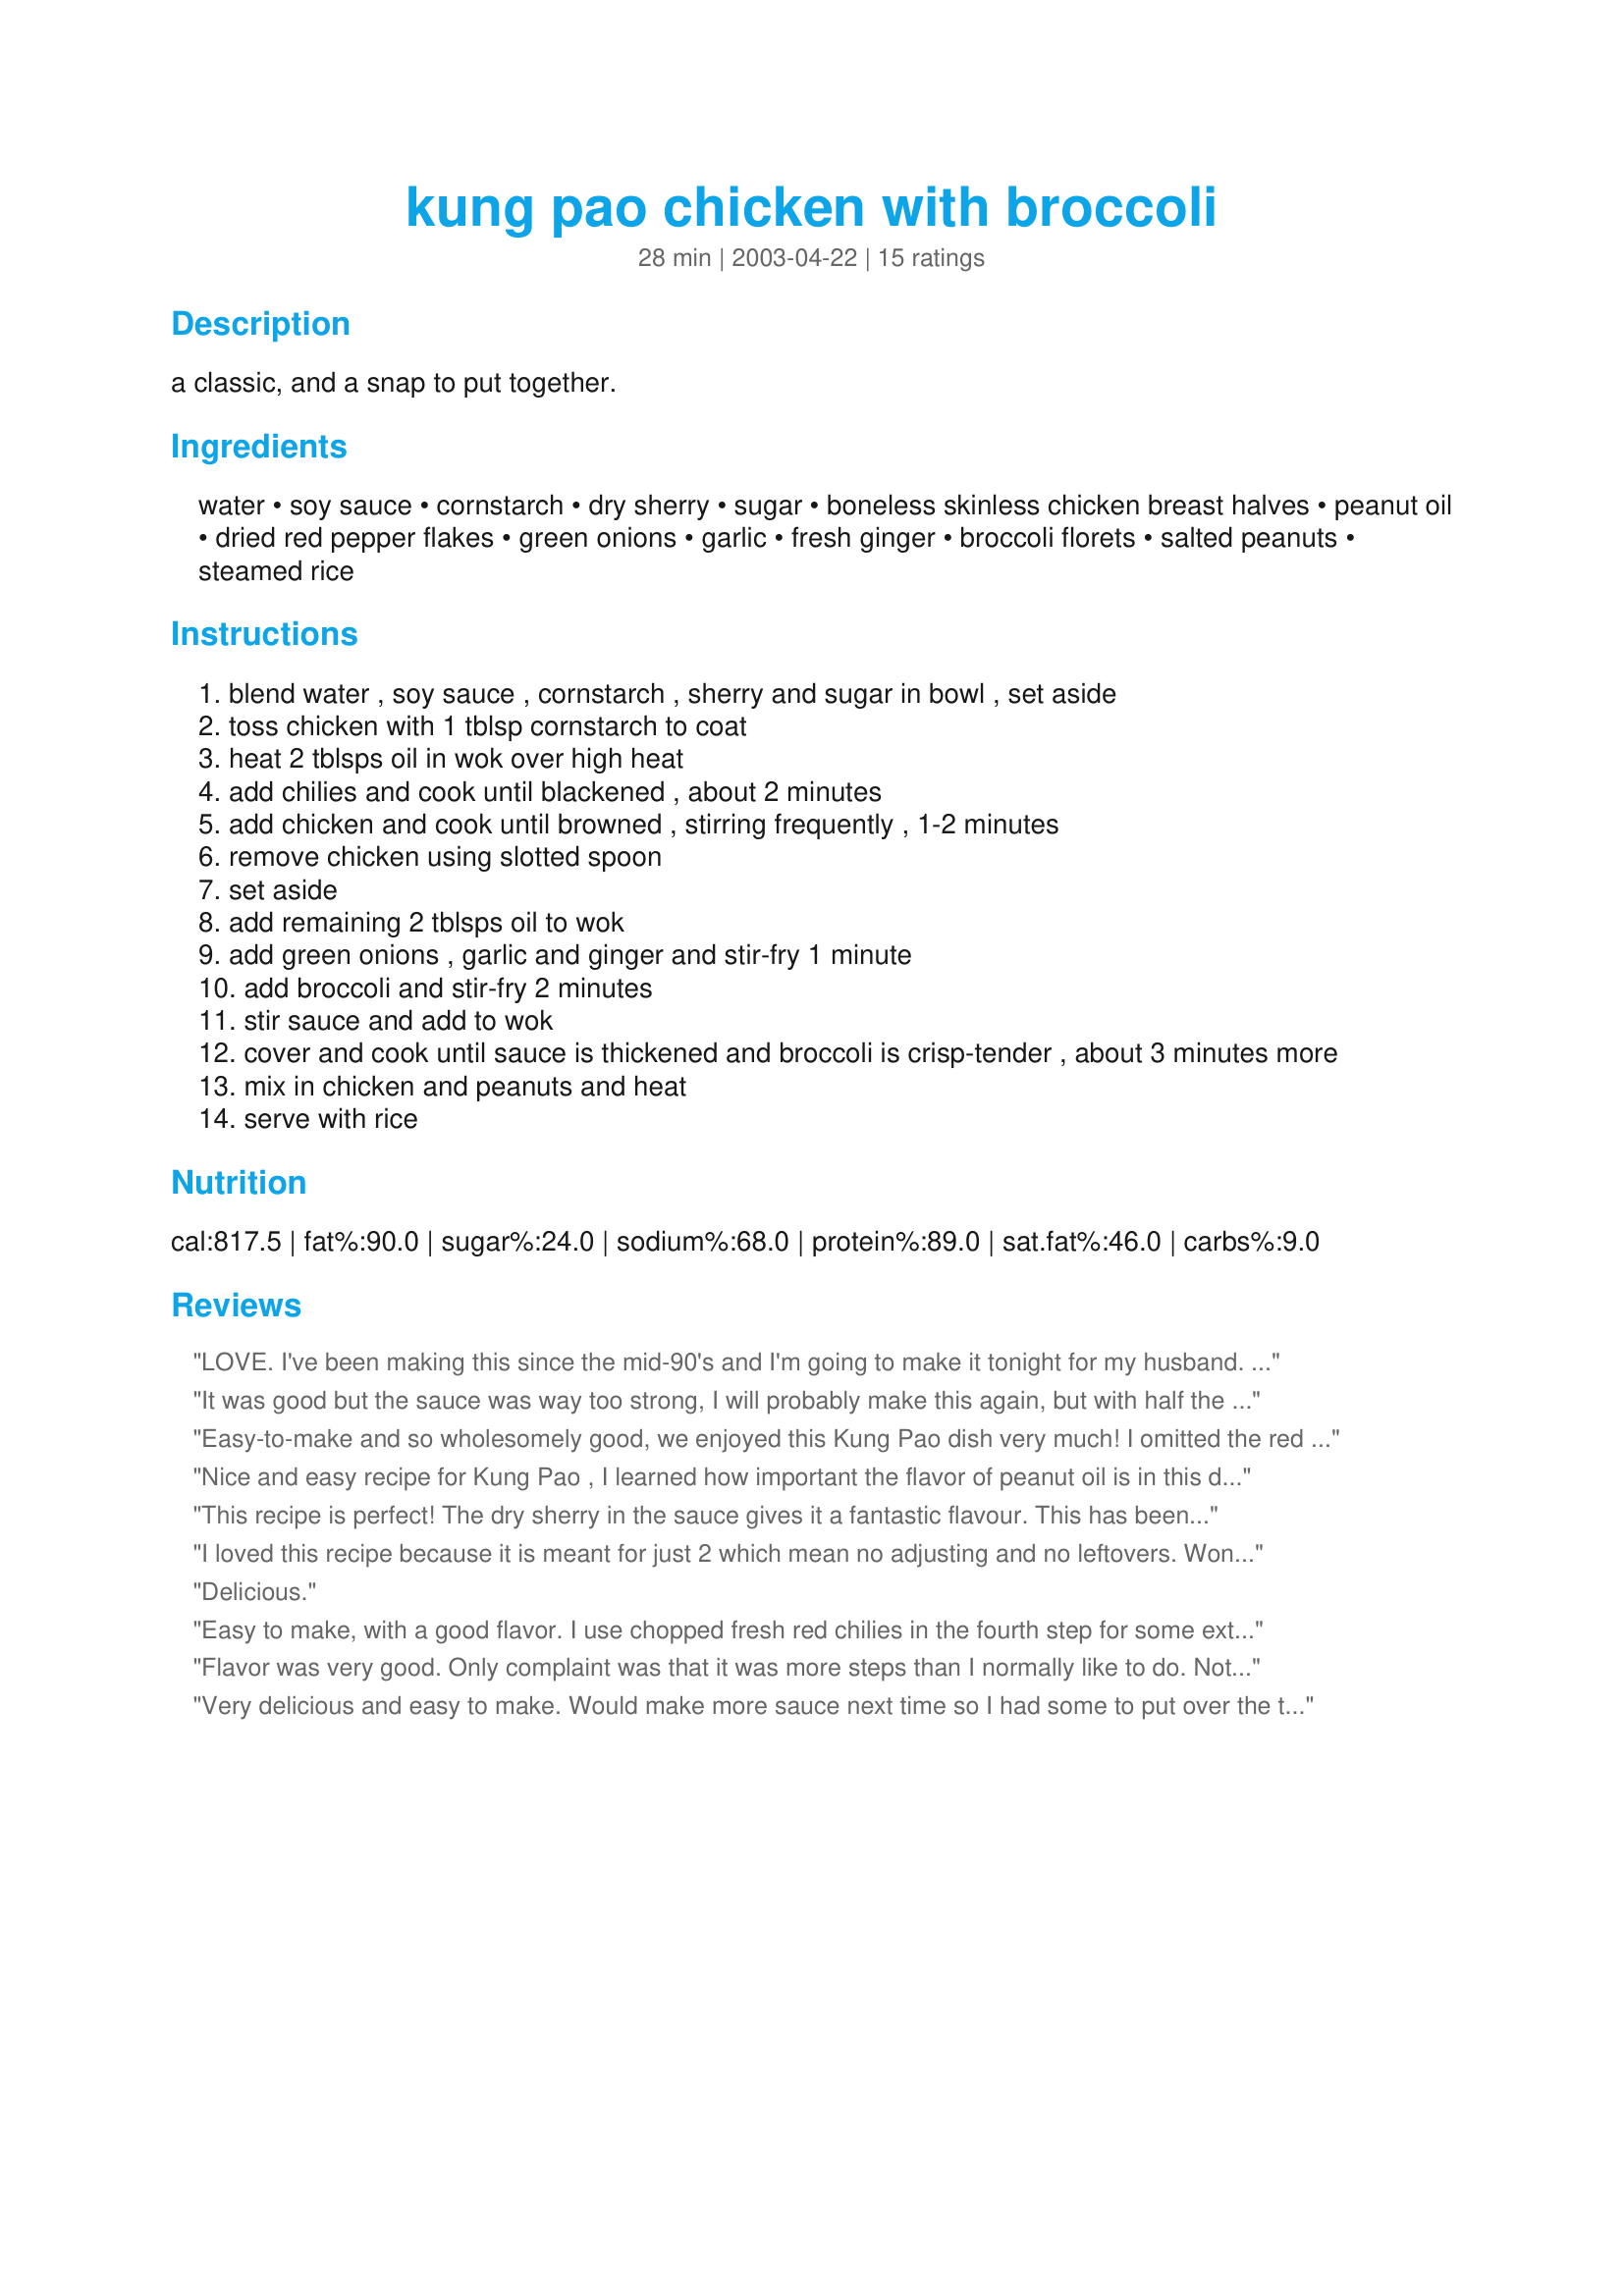
kung pao chicken with broccoli
Preparation time: 28 minutes

a classic, and a snap to put together.

Ingredients:
water, soy sauce, cornstarch, dry sherry, sugar, boneless skinless chicken breast halves, peanut oil, dried red pepper flakes, green onions, garlic, fresh ginger, broccoli florets, salted peanuts, steamed rice

Steps:
blend water , soy sauce , cornstarch , sherry and sugar in bowl , set aside
toss chicken with 1 tblsp cornstarch to coat
heat 2 tblsps oil in wok over high heat
add chilies and cook until blackened , about 2 minutes
add chicken and cook until browned , stirring frequently , 1-2 minutes
remove chicken using slotted spoon
set aside
add remaining 2 tblsps oil to wok
add green onions , garlic and ginger and stir-fry 1 minute
add broccoli and stir-fry 2 minutes
stir sauce and add to wok
cover and cook until sauce is thickened and broccoli is crisp-tender , about 3 minutes more
mix in chicken and peanuts and heat
serve with rice

Reviews:
LOVE. I've been making this since the mid-90's and I'm going to make it tonight for my husband. I made it for him when we were engaged and he wasn't impressed, but neither was I...I did something different than I normally do, but I'm in the mood for some Kung Pao tonight! Thank you for posting this so I can make my grocery list before I leave work!!!
It was good but the sauce was way too strong, I will probably make this again, but with half the soy sauce.
Easy-to-make and so wholesomely good, we enjoyed this Kung Pao dish very much! I omitted the red pepper flakes for a mild version of the recipe. I also did not have peanut oil and so used a combination of vegetable oil and several dashes of sesame oil. I threw in a few bell pepper slices just for fun and increased the amount of sauce by about 1.5 times which seemed about right. In the end there were 3-4 servings. Thanks Evelyn for a great recipe!
Nice and easy recipe for Kung Pao , I learned how important the flavor of peanut oil is in this dish!Tasty.
This recipe is perfect! The dry sherry in the sauce gives it a fantastic flavour. This has been our regular "stir fry" recipe for years...thanks for sharing it :D
I loved this recipe because it is meant for just 2 which mean no adjusting and no leftovers. Wonderful! The broccoli was done in the 2 to 3 minutes and didn't require the additional 3 minutes with the wok covered. I had one large chicken breast which I flattened to promote even cooking and then diced it. When browning the chicken, I realized that I should have dried it before tossing with the cornstarch in order to develop a better crust. Will remember to do that next time around and hopefully get a better photo of the recipe.
Delicious.
Easy to make, with a good flavor. I use chopped fresh red chilies in the fourth step for some extra flavor and heat.
Flavor was very good. Only complaint was that it was more steps than I normally like to do. Not really hard - I just found it a bit tedious. That's just me though. I recommend anyone who likes Kung Pao to try it.
Very delicious and easy to make. Would make more sauce next time so I had some to put over the top of the rice.
evelyn/athens : This was my "DARE" recipe I choose : Iam glad I did it was very easy to make and the family hope that I will make it agian!! I made it as printed ~ except a tad more on the garlic~ but that's just me! The chicken melted in my mouth & everything else cooked to my liking~ Great Taste and it will be on my menu agian! THANKS FOR THE DARE!!~POKER~
A definite repeater in our house. Next time I will double the sauce without doubling the cornstarch as it was a little dry for our taste. I also didn't need to cover the wok. I did add some shredded carrots mainly for the color. Very good. Thanks for posting.
The best kung pao recipe ever! I will definitely make this again, and I will double the amount of sauce.
Great and easy recipe! Very flavorful, and the broccoli was a nice touch for balanced meal. Thanks for sharing! Culinary Quest &#039;14
This was really wonderful tasting! I liked this recipe so much that if I could I would give you more then 5 stars. I will make this again. Thanks evelyn/athens....
